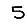
Digit: 5